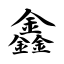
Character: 鑫